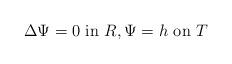
LaTeX: \begin{align*} \Delta \Psi = 0 \textup{~in~} R, \Psi = h \textup{~on~} T \end{align*}